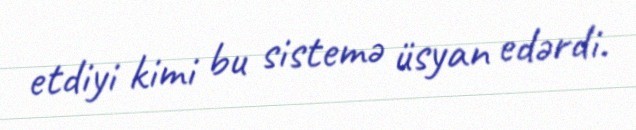
etdiyi kimi bu sistemə üsyan edərdi.